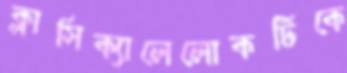
ক্লাসিক্যালেলোকটিকে